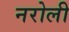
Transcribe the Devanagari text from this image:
नरोली